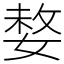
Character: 𡟋